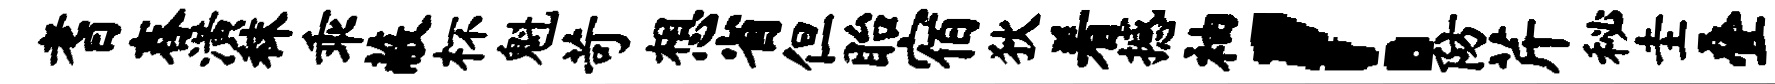
耆舂潢秣乖蔽杯魁苛想省但眙宿狄着撼袖！防芹秘圭叠